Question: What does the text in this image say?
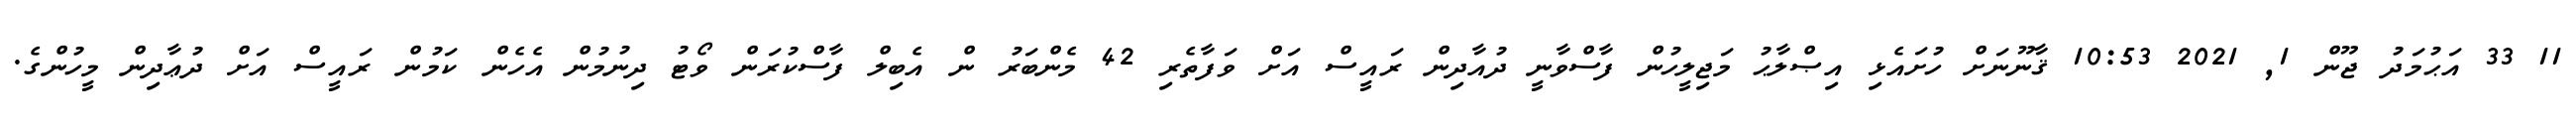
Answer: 11 33 އަޙުމަދު ޖޫން 1, 2021 10:53 ޤާނޫނަށް ހުށައެޅި އިޞްލާޙު މަޖިލީހުން ފާސްވާނީ ދުއާދިން ރައީސް އަށް ވަފާތެރި 42 މެންބަރު ން އެބިލް ފާސްކުރަން ވޯޓު ދިނުމުން އެހެން ކަމުން ރައީސް އަށް ދުޢާދިން މީހުންގެ.